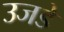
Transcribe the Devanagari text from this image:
उजडे